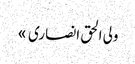
ولی الحق انصاری »